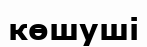
көшуші